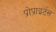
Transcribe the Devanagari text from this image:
प्रोप्राइर्टस